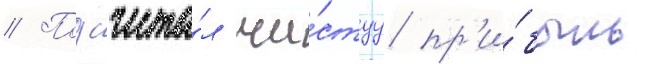
// Подсчита́л чи́стуу пр'и́быль